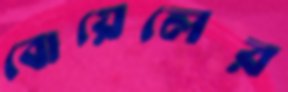
বোয়েলের